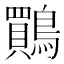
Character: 鷶